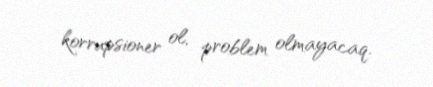
korrupsioner ol, problem olmayacaq.